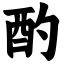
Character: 酌